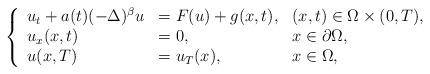
LaTeX: \begin{align*}\left\{\begin{array}{l l l}u_t + a(t) (-\Delta )^\beta u & = F(u)+g(x,t), & (x,t) \in \Omega\times (0,T),\\u_x(x,t)&=0, & x \in \partial {\Omega},\\u(x,T) & = u_T(x), & x \in {\Omega},\end{array}\right.\end{align*}